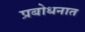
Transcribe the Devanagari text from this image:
प्रबोधनात